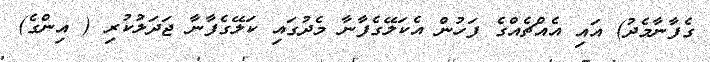
ގެފާނާމެދު) އައި އެއްޗެއްގެ ފަހުން އެކަލޭގެފާނާ މެދުގައި ކަލޭގެފާނާ ޖަދަލުކުރި ( އިންގެ)